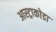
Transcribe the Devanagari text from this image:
आस्ट्राकोडा